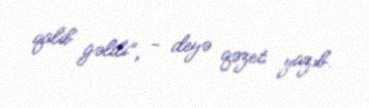
qalib gəldi”, - deyə qəzet yazıb.